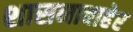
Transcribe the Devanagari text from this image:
शासनाबाहेर